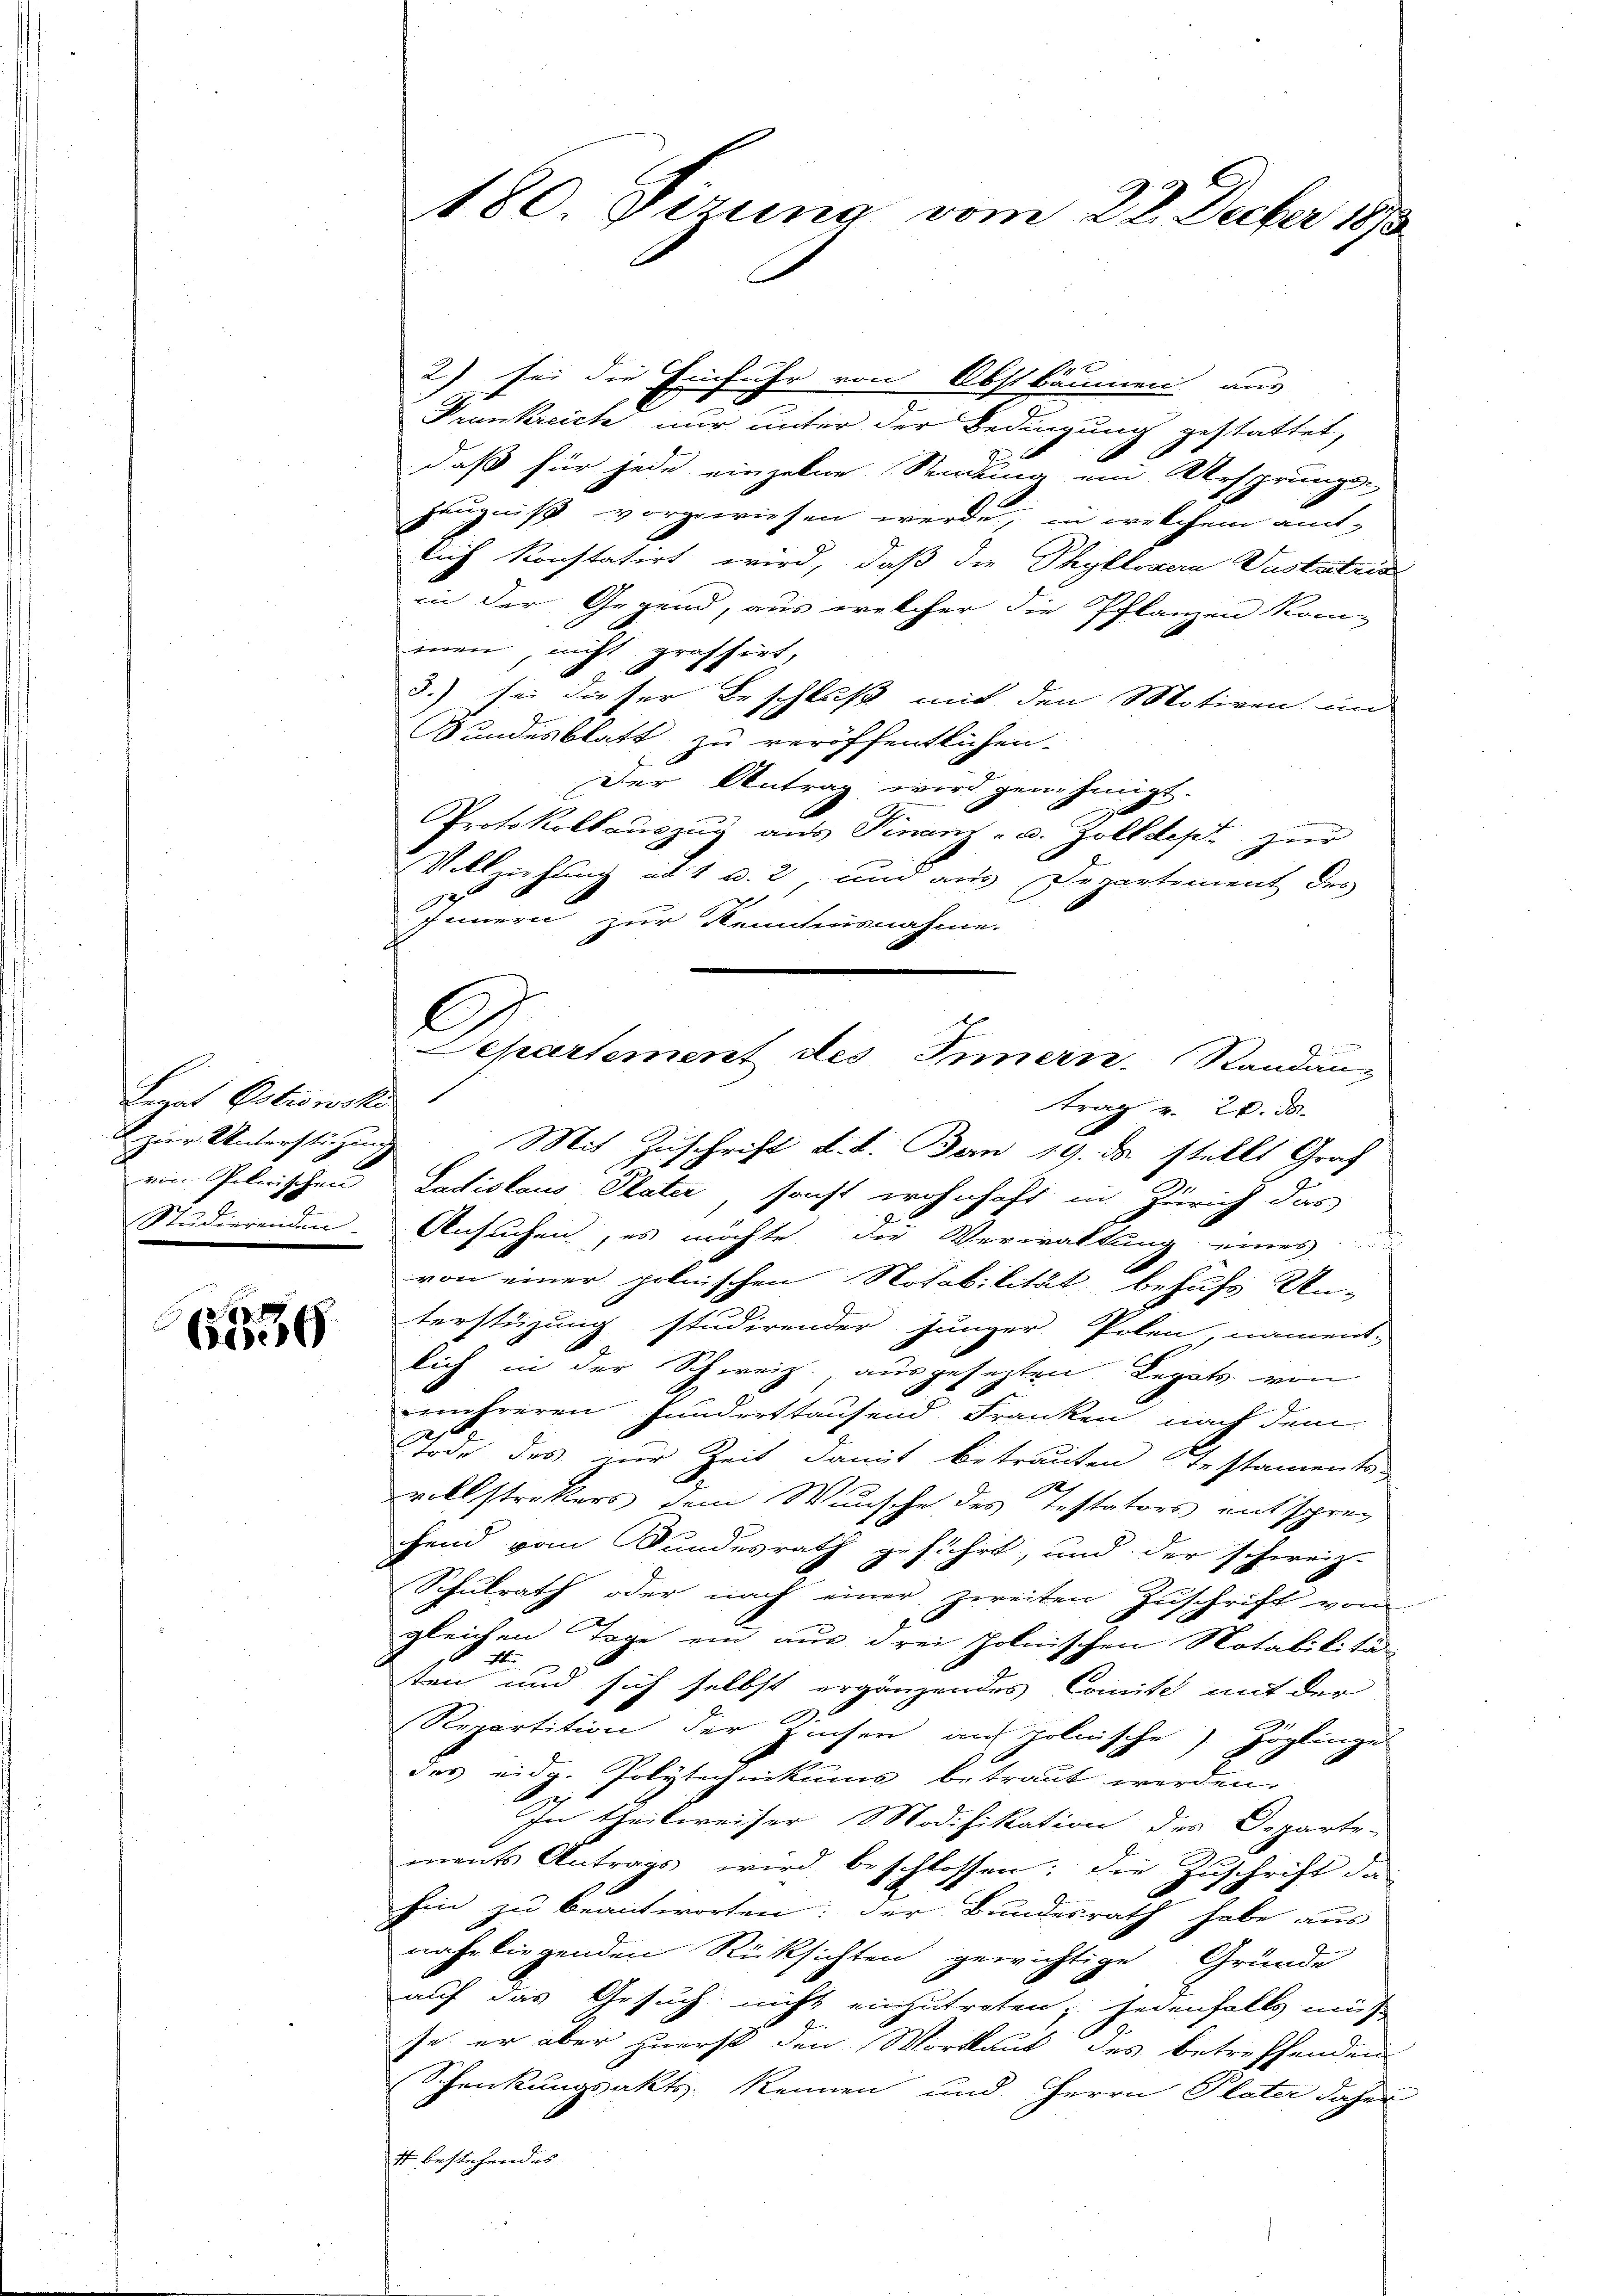
Berat Potrowski
zier Unterstützung
von Pelwischen
Studierenden

556

180. Dezung vom 22. Decber 1893

2) sei die Einfuhr von Obstbäumen aus
Frankreich nur unter der Bedingung gestattet,
daß für jede einzelne Sendung ein Ursprungs-
zeugniß vorgewiesen werde, in welchem amt-
lich konstatirt wird, daß die Phyllovan Vaststria
in der Gegend, aus welcher die Pflanzen kom-
men, nicht prassirt,
3.) sei dieser Beschluß mit den Motiven in
Bundesblatt zu veröffentlichen
Der Antrag wird genehmigt.
Protokollauszug aus Finanz- u. Zolldept zur
Vollziehung ad 1 u. 2, und aus Departement des
d
Innern zur Renntesnahme.
trag v. 20. ds.
Mit Zuschrift d. d. Bern 19. ds. stellt Graf
Ladislaus Plater sonst wohnhaft in Zürich das
Ansuchen, es möchte der Verwaltung eines
von einer polnischen Notabilität behufs Un-
terstüzung studirender junger Polen, nament-
lich in der Schweiz. ausgesetzten Legats von
mehreren Hunderstausend Franken, nach dem
Tode des zur Zeit damit betrauten Testaments-
vollstrakters dem Wunsche des Testators entsprec
hend vom Bundesrath geführt, und der schweiz.
Schulrath oder nach einer zweiten Zuschrift von
gleichen Tage ein aus drei Jolnischen Notabilitä
A
ten und sich selbst ergänzendes Comite mit der
Repartition der Zinsen auf polnische Zöglinge
des eidg. Polytechnikums betraut werden.
In theilweiser Modifikation des Departe-
ments Antrags wird beschlossen; die Zuschrift da
hin zu beantworten: der Bundesrath habe aus
nahe liegenden Rüksichten gewichtige Grunde
auf das Gesuch nicht einzutreten, jedenfalls muß
.
se, er aber zuerst den Wortlaut des betreffenden
Schenkungsakts kennen und Herrn Plater daher
4 bestehendes

l
Departement des Innern. Standan-